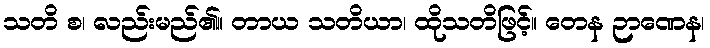
သတိ စ၊ လည်းမည်၏။ တာယ သတိယာ၊ ထိုသတိဖြင့်။ တေန ဉာဏေန၊